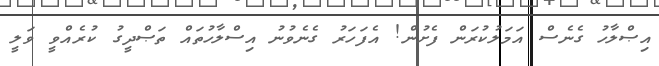
އިޞްލާހު ގެނެސް އަމަލުކުރަން ފެށުން! އެފަހަރު ގެނެވުނު އިސްލާހުތައް ތަޞްދީގު ކުރެއްވީ ވަލީ